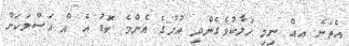
އެތަނެ އއް ނިމި ހަލާކުވެގެންދި އުމުގެ އެންމެ ބޮޑު އެ އް އަސްލަކަށް